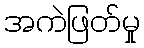
အကဲဖြတ်မှု